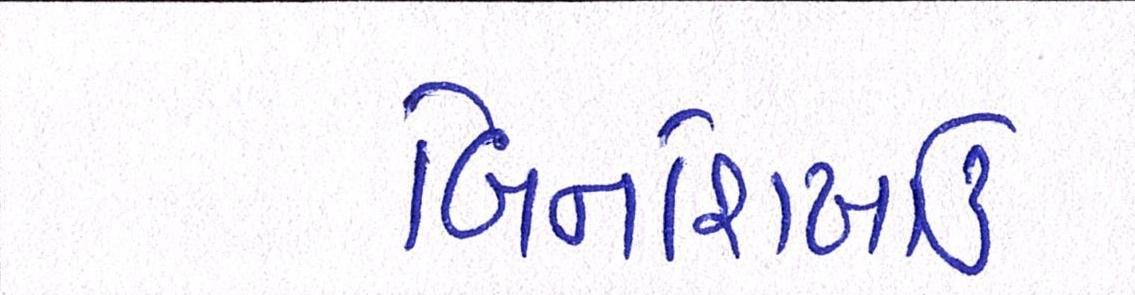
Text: બિનશિખાઉ